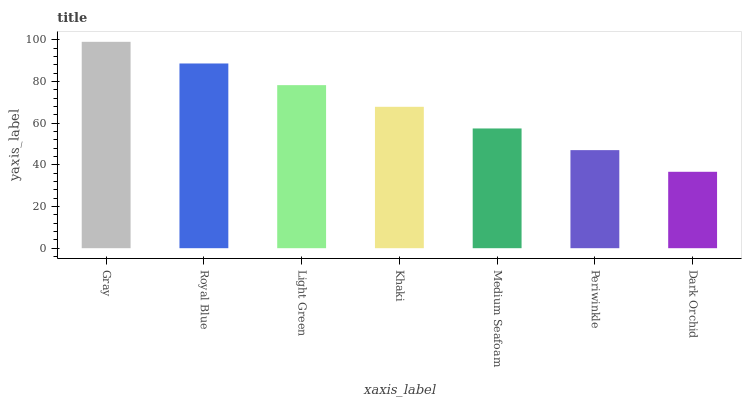
| xaxis_label | bars |
 | --- | --- |
 | Gray | 99 |
 | Royal Blue | 88.6 |
 | Light Green | 78.2 |
 | Khaki | 67.8 |
 | Medium Seafoam | 57.4 |
 | Periwinkle | 47 |
 | Dark Orchid | 36.7 |